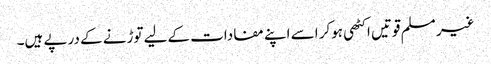
غیر مسلم قوتیں اکٹھی ہوکر اسے اپنے مفادات کےلیے توڑنے کے درپے ہیں۔